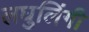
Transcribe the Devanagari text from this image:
लघुलिंगी